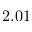
2 . 0 1